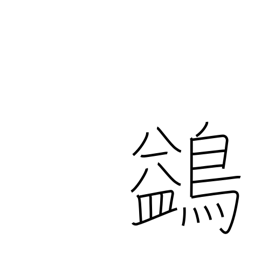
Meaning: waterfowl which flies high but not against the wind